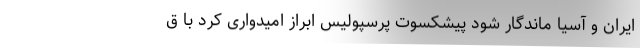
ایران و آسیا ماندگار شود پیشکسوت پرسپولیس ابراز امیدواری کرد با ق